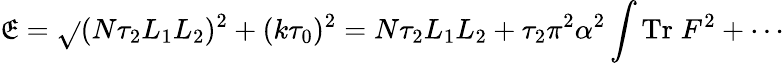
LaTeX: \mathfrak{E}=\sqrt{}{{(N\tau_{2}L_{1}L_{2})^{2}+(k\tau_{0})^{2}}}=N\tau_{2}L_{1}L_{2}+\tau_{2}\pi^{2}\alpha^{2}\int\mathrm{{Tr}}\; F^{2}+\cdots